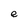
Character: e